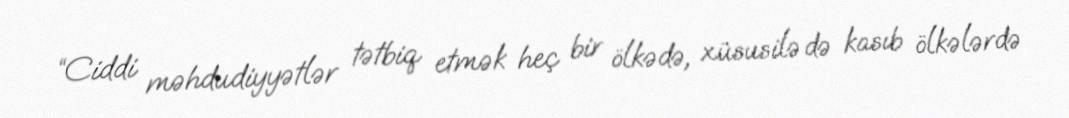
“Ciddi məhdudiyyətlər tətbiq etmək heç bir ölkədə, xüsusilə də kasıb ölkələrdə